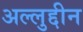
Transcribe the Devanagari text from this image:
अल्लुद्दीन